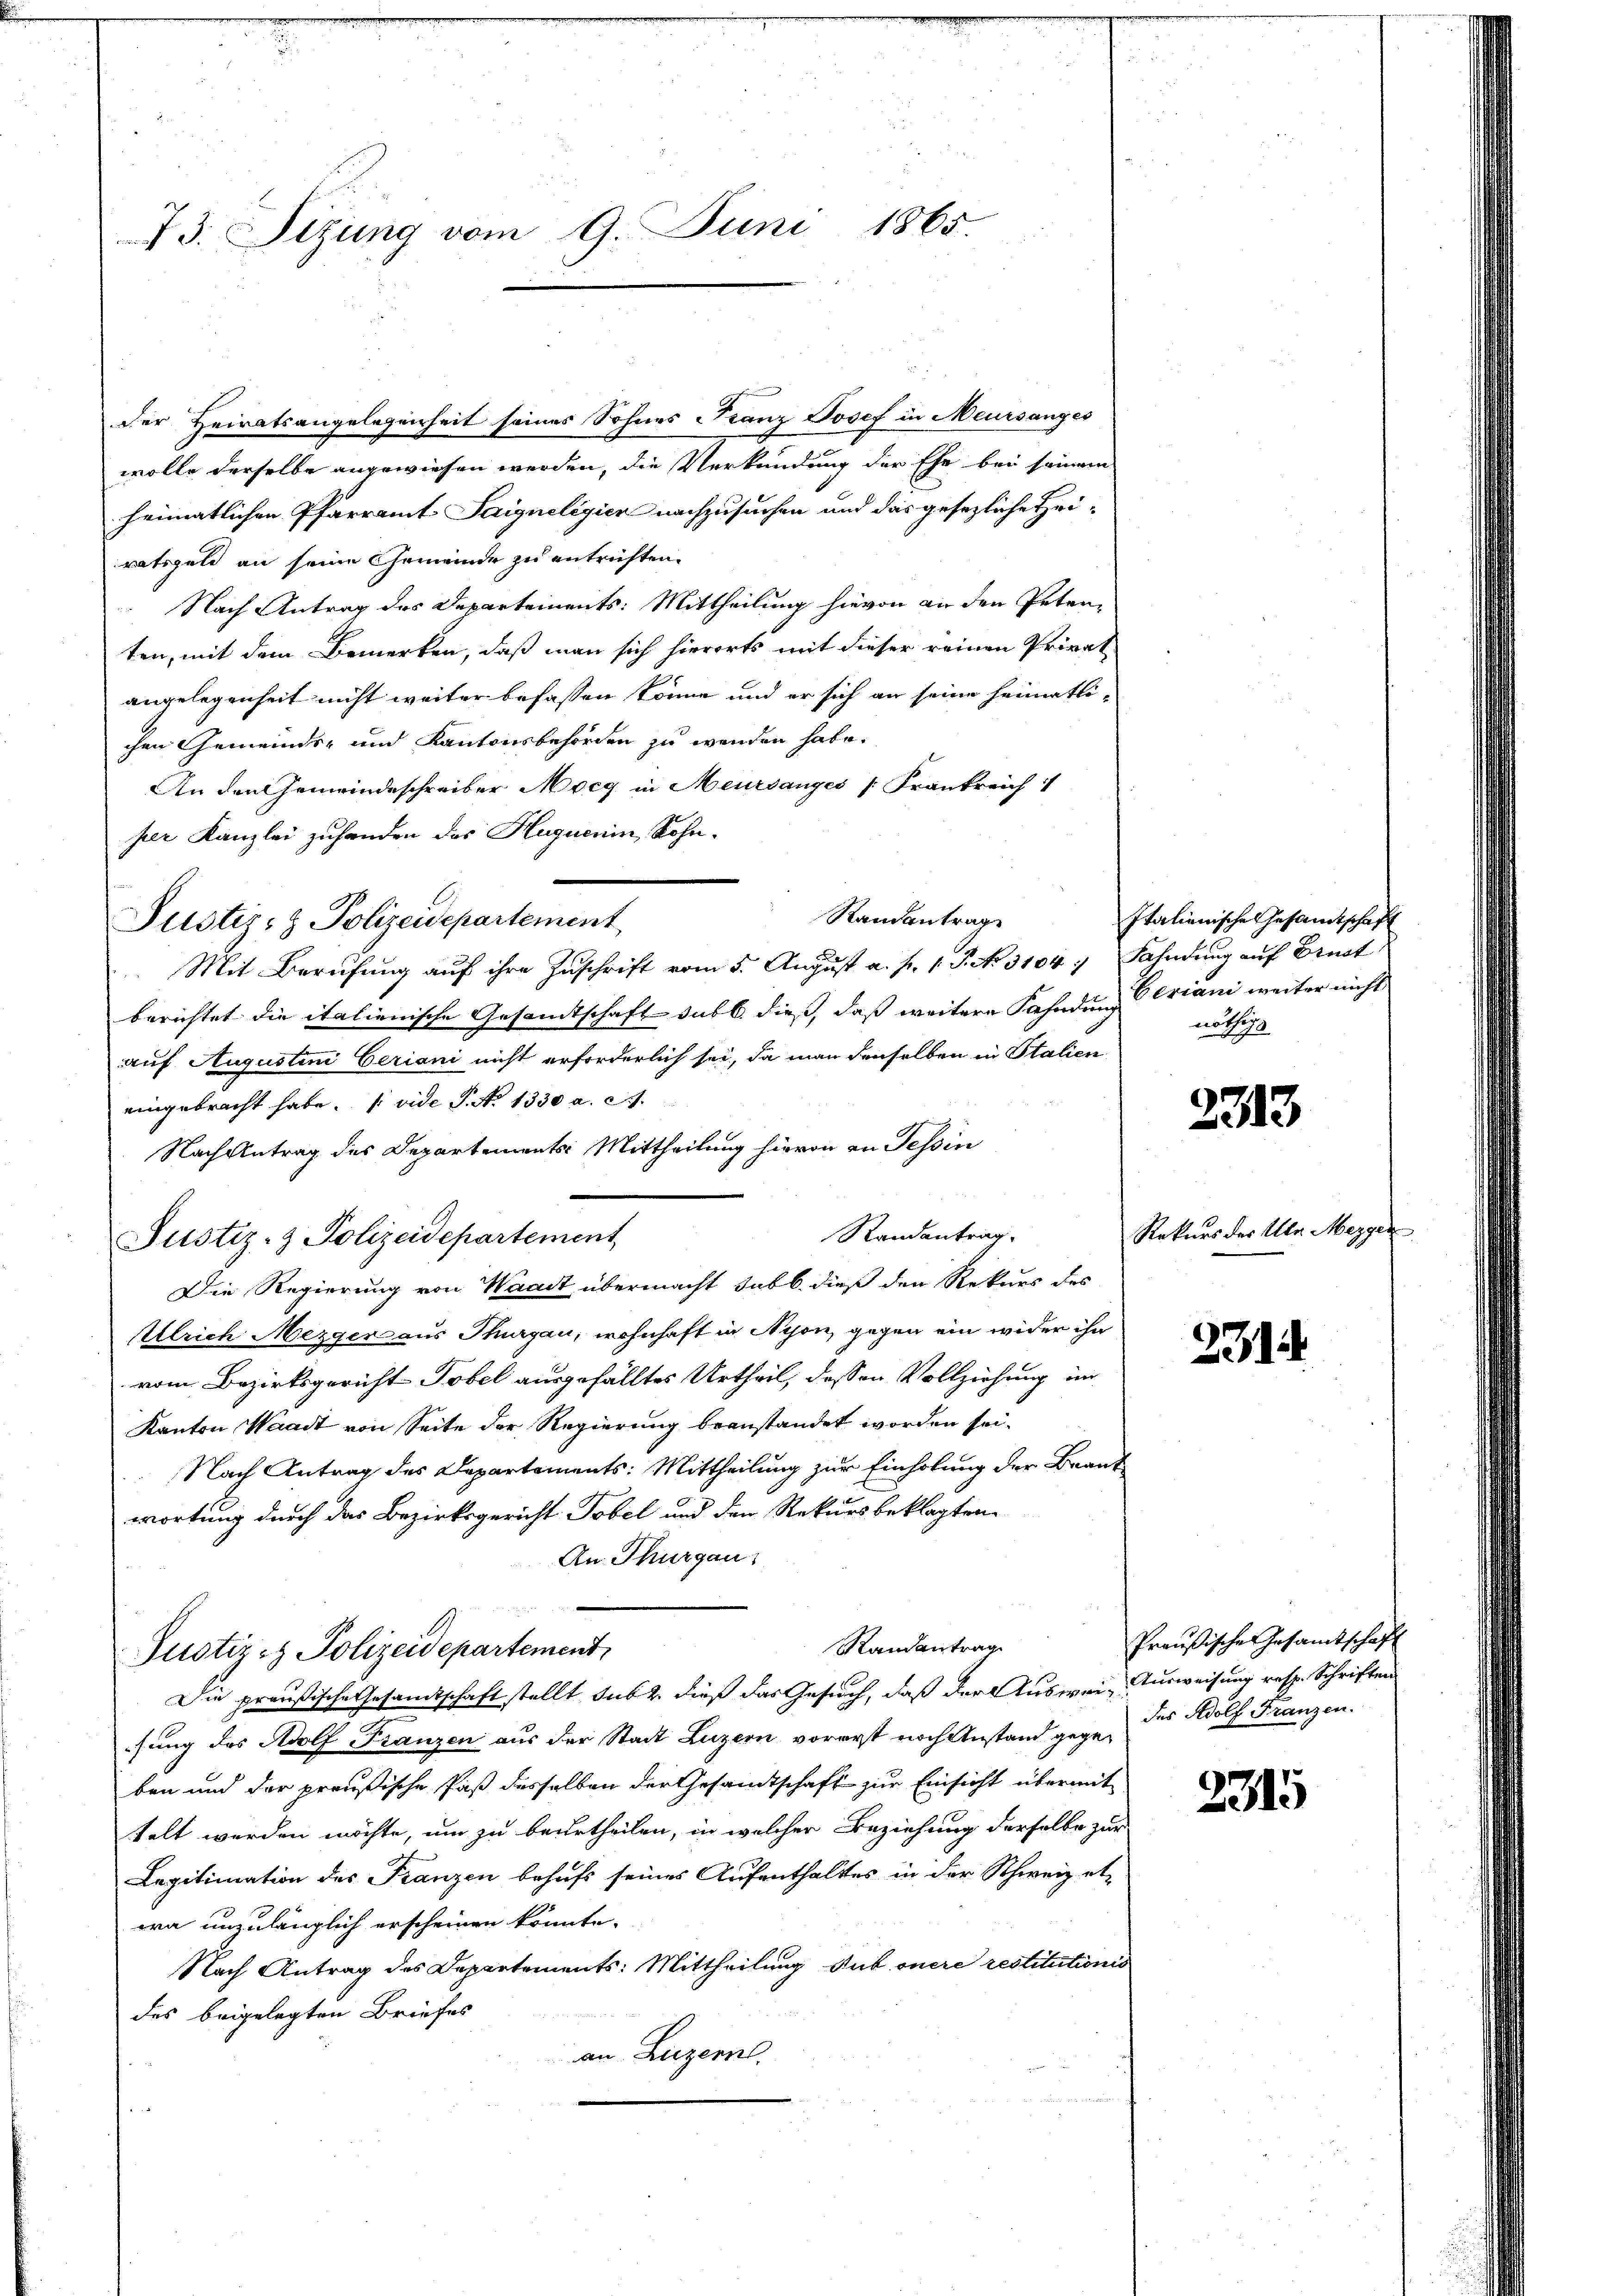
73. Sitzung vom 9. Juni 1865.

der Heiratsangelegenheit seines Sohnes Franz Josef in Meursanges
wolle derselbe angewiesen werden, die Verkündung der Ehe bei seinem
heimatlichen Pfarramt-Saigneligien nachzusuchen und das gesezliche Heiratsgeld an seine Gemeinde zu entrichten.
 Nach Antrag des Departements: Mittheilung hievon an den Peten,
ten, mit dem Bemerken, daß man sich hierorts mit dieser reinen Privat
angelegenheit nicht weiter befassen könne und er sich an seine heimatli-
chen Gemeinds- und Kantonsbehörden zu wenden habe.
An den Gemeindeschreiber Mocg in Meursanges [Frankreich
per Kanzlei zuhanden das Huguenin, Rohn¬
Randantrage
Justiz- & Polizeidepartement
Mit Berufung auf ihre Zuschrift vom 5. August a. p. 1. P. No. 3104. Fahndung auf Brust
berichtet die italienische Gesandtschaft sub b. dieß, daß weitere Fahndung Ceriani weiter nicht
auf Augustini Ceriani nicht erforderlich sei, da man denselben in Stalien
eingebracht habe. (vide P. Nr. 1330 a. c.
Nach Antrag des Departements Mittheilung hievon in Tessin
Randantrag.
Justiz- & Polizeidepartement,
Die Regierung von Waadt übermacht sub b. dieß den Rekurs des
Ulrich Mezger aus Thurgau, wohnhaft in Nyon, gegen ein wider ihn
vom Bezirksgericht Tobel ausgefälltes Urtheil, dessen Vollziehung im
Kanton Waadt von Seite der Regierung beanstandet worden sei.
Nach Antrag des Departements: Mittheilung zur Einholung der Beantwortung durch das Bezirksgericht Tobel und den Rekursbeklagten
An Thurgau.
Randantrag
Justiz- & Polizeidepartement
Die preußische Gesandtschaft stellt sub dieß das Gesuch, daß der Auswei- Ausweisung resp. Schriften
sung des Adolf Franzen aus der Stadt Luzern vorerst noch Anstand gegeben und der preußische Faß desselben der Gesandtschaft zur Einsicht übermit
telt werden möchte, um zu beurtheilen, in welcher Beziehung derselbe zur
Legitimation des Franzen behufs seines Aufenthaltes in der Schweiz etwa unzulänglich erscheinen könnte.
Nach Antrag des Departements: Mittheilung sub onere restitutionis
des beigelegten Briefes
an Luzern.

Italienische Gesamtschaft
nöthige

2313

Rekurs der Uhr Mezger

331.

Preußischer Gesamtschaft
das Adolf Franzen.

2315